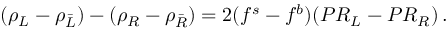
( \rho _ { L } - \rho _ { \bar { L } } ) - ( \rho _ { R } - \rho _ { \bar { R } } ) = 2 ( f ^ { s } - f ^ { b } ) ( P R _ { L } - P R _ { R } ) \, .